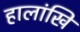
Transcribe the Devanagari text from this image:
हालांखि